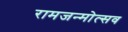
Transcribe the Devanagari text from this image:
रामजन्मोत्सव